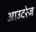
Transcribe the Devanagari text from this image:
आउटरेज